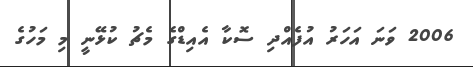
2006 ވަނަ އަހަރު އުފެއްދި ސޮކާ އެއިޑްގެ މެޗު ކުޅޭނީ މި މަހުގެ